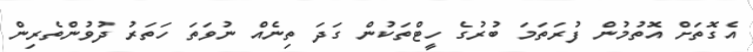
އެގޮތަށް އޮތުމުން ފުރަތަމަ ބުރުގެ ހީޓްތަކުން ގަދަ ތިނެއް ނުވަތަ ހަތަރު ދުވުންތެރިން